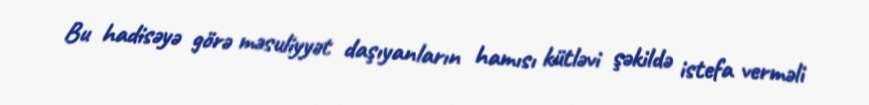
Bu hadisəyə görə məsuliyyət daşıyanların hamısı kütləvi şəkildə istefa verməli